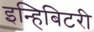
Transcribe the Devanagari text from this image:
इन्हिबिटरी